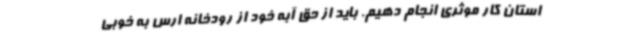
استان کار موثری انجام دهیم. باید از حق آبه خود از رودخانه ارس به خوبی